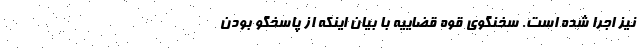
نیز اجرا شده است. سخنگوی قوه قضاییه با بیان اینکه از پاسخگو بودن